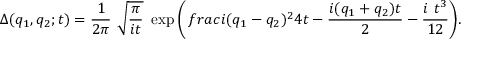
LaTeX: \Delta ( q _ { 1 } , q _ { 2 } ; t ) = { \frac 1 { 2 \pi } } ~ \sqrt { { \frac \pi { i t } } } ~ \exp { \left( { \, f r a c { i ( q _ { 1 } - q _ { 2 } ) ^ { 2 } } { 4 t } } - { \frac { i ( q _ { 1 } + q _ { 2 } ) t } 2 } - { \frac { i ~ t ^ { 3 } } { 1 2 } } \right) } .